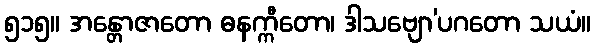
၅၁၅။ အန္တောဇာတော ဓနက္ကီတော၊ ဒါသဗျော’ပဂတော သယံ။